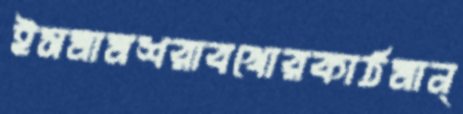
ইসমামশরাবখোরকাঠমান্